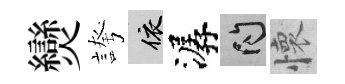
𤓖誇依潺問懷